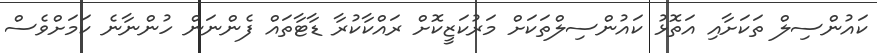
ކައުންސިލް ތަކަށާއި އަތޮޅު ކައުންސިލްތަކަށް މަރުކަޒީކޮށް ރައްކާކުރާ ޑާޓާތައް ފެންނަން ހުންނާނެ ކަމަށްވެސް